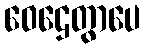
ဝေဌေတွာပေ